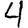
Digit: 4